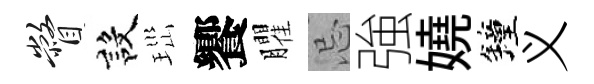
瞥設𤤼饗臞忌強嬈鐘义